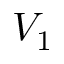
V _ { 1 }